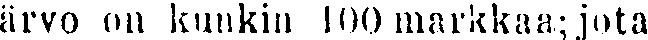
ärvo on kunkin 100 markkaa; jota